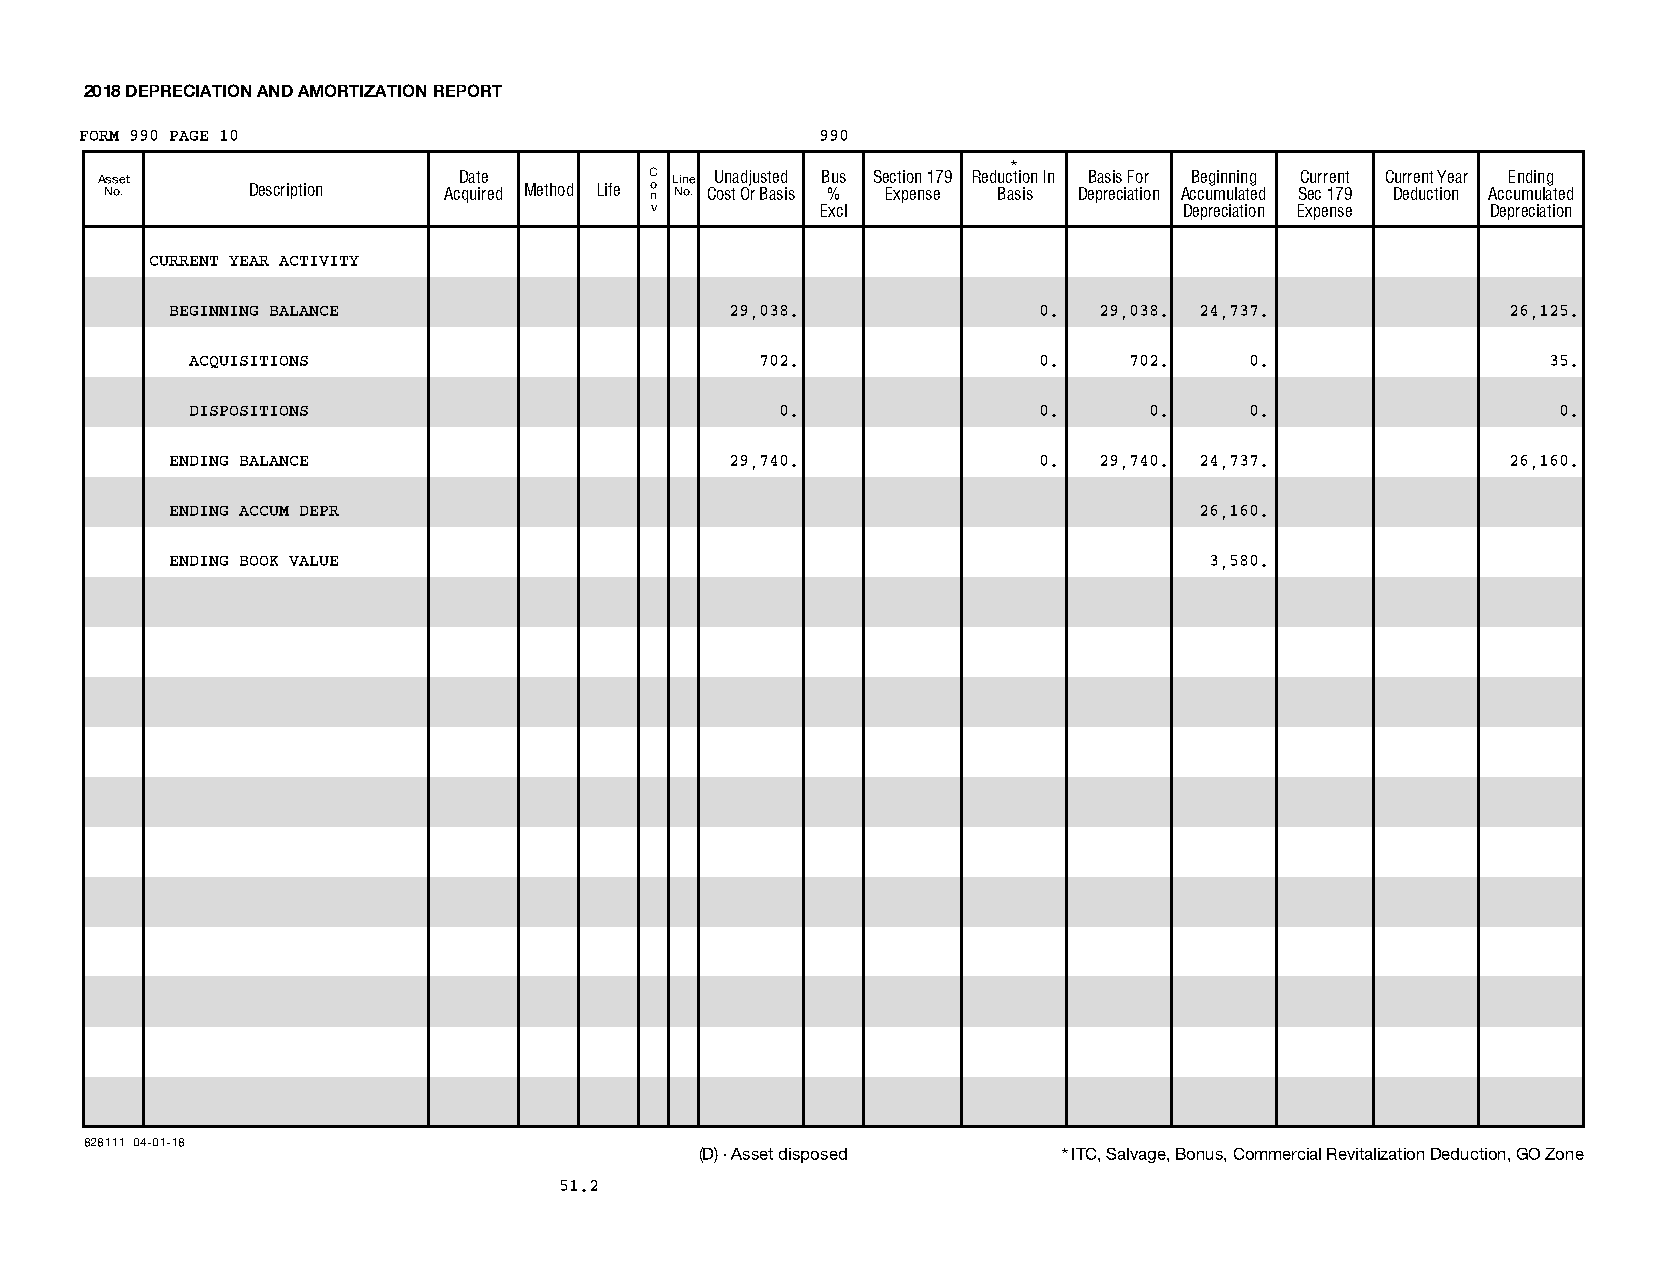
2018 DEPRECIATION AND AMORTIZATION REPORT
 FORM 990 PAGE 10                                 990
 *
 A Nss oe .t Description AcD qa ut ie red Method Life C o n L Nin oe . CU on sta d Oj ru Bst ae sd is B %us Se Ec xt pio en n s1 e79 Red u Bc at sio isn In DeB pa rs eis c iaF to ior n AcB ce ug min un li an tg ed SC eu cr r 1e 7n 9t C Dur er de un ct tY ioe nar AccE un mdi un lg ated
 v          Excl                    Depreciation Expense Depreciation
 CURRENT YEAR ACTIVITY
 BEGINNING BALANCE                    29,038.              0.  29,038. 24,737.            26,125.
 ACQUISITIONS                          702.               0.    702.    0.                  35.
 DISPOSITIONS                            0.               0.     0.     0.                  0.
 ENDING BALANCE                       29,740.              0.  29,740. 24,737.            26,160.
 ENDING ACCUM DEPR                                                   26,160.
 ENDING BOOK VALUE                                                    3,580.
 828111 04-01-18
 (D) - Asset disposed    * ITC, Salvage, Bonus, Commercial Revitalization Deduction, GO Zone
 51.2
 09301115 758773 80010 2018.05010 TEE IT UP FOR THE TROOPS, I 80010__1